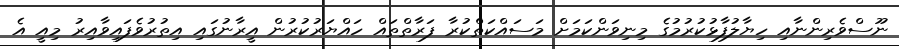
ނޫސްވެރިންނާއި ހިޔާލުފާޅުކުރުމުގެ މިނިވަންކަމަށް މަސައްކަތްކުރާ ފަރާތްތައް ހައްޔަރުކުރުން އީރާނުގައި އިތުރުވެފައިވާއިރު މިއީ އެ